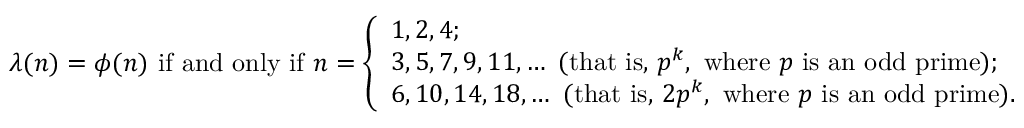
\lambda ( n ) = \phi ( n ) { \mathrm { ~ i f ~ a n d ~ o n l y ~ i f ~ } } n = { \left\{ \begin{array} { l l } { 1 , 2 , 4 ; } \\ { 3 , 5 , 7 , 9 , 1 1 , \ldots { \mathrm { ~ ( t h a t ~ i s , ~ } } p ^ { k } { \mathrm { , ~ w h e r e ~ } } p { \mathrm { ~ i s ~ a n ~ o d d ~ p r i m e ) } } ; } \\ { 6 , 1 0 , 1 4 , 1 8 , \ldots { \mathrm { ~ ( t h a t ~ i s , ~ } } 2 p ^ { k } { \mathrm { , ~ w h e r e ~ } } p { \mathrm { ~ i s ~ a n ~ o d d ~ p r i m e ) } } . } \end{array} \right. }